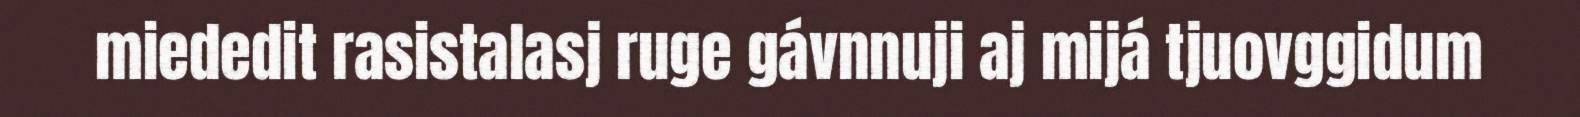
miededit rasistalasj ruge gávnnuji aj mijá tjuovggidum